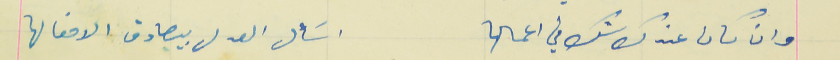
وان كان عندك شك في اعمالها                                   اسَأل العدل بيصادق الافعالها